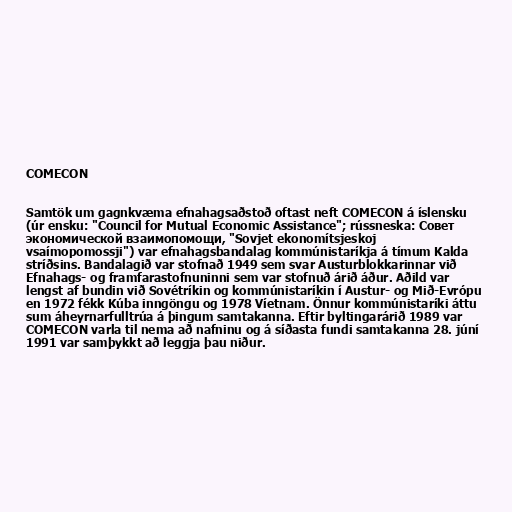
COMECON

Samtök um gagnkvæma efnahagsaðstoð oftast neft COMECON á íslensku
(úr ensku: "Council for Mutual Economic Assistance"; rússneska: Совет
экономической взаимопомощи, "Sovjet ekonomítsjeskoj
vsaímopomossji") var efnahagsbandalag kommúnistaríkja á tímum Kalda
stríðsins. Bandalagið var stofnað 1949 sem svar Austurblokkarinnar við
Efnahags- og framfarastofnuninni sem var stofnuð árið áður. Aðild var
lengst af bundin við Sovétríkin og kommúnistaríkin í Austur- og Mið-Evrópu
en 1972 fékk Kúba inngöngu og 1978 Víetnam. Önnur kommúnistaríki áttu
sum áheyrnarfulltrúa á þingum samtakanna. Eftir byltingarárið 1989 var
COMECON varla til nema að nafninu og á síðasta fundi samtakanna 28. júní
1991 var samþykkt að leggja þau niður.